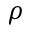
\rho